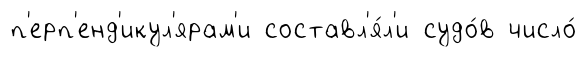
п'ерп'енд'икул'ярам'и составл'я́л'и судо́в число́